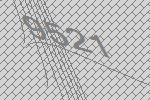
9521